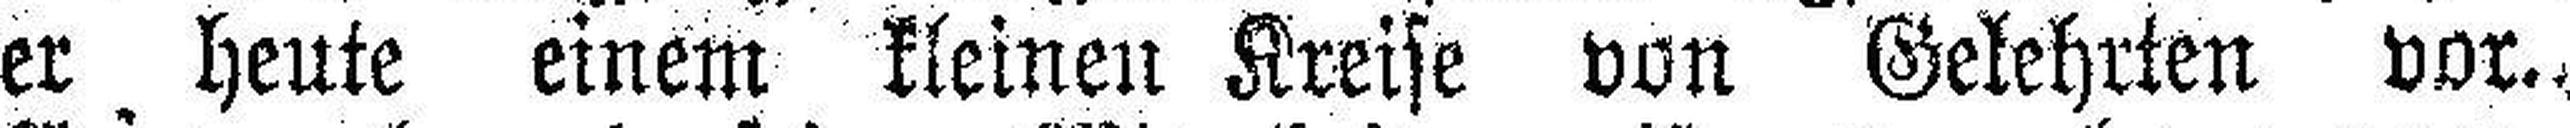
er heute einem kleinen Kreise von Gelehrten vor.